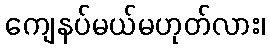
ကျေနပ်မယ်မဟုတ်လား၊